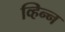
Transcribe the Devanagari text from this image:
व्हिन्न